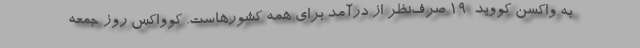
به واکسن کووید-۱۹ صرف‌نظر از درآمد برای همه کشورهاست. کوواکس روز جمعه